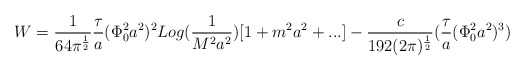
\begin{align*}W={1 \over 64\pi^{{1 \over 2}}} {\tau \over a}(\Phi_{0}^2 a^2)^2 Log({1\over M^2 a^2})[1+m^2a^2+...] - {c \over 192 (2\pi)^{1 \over 2}}({\tau \over a}(\Phi_{0}^2 a^2)^3)\end{align*}